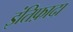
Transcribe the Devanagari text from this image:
इंतिफ़ादा